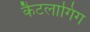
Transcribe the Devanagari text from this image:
कैटलागिंग